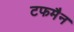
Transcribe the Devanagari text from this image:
टफमैन